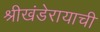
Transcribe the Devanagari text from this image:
श्रीखंडेरायाची